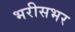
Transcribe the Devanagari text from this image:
भरीसभर